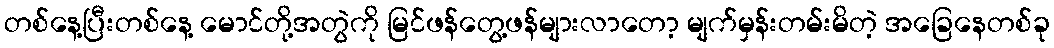
တစ်နေ့ပြီးတစ်နေ့ မောင်တို့အတွဲကို မြင်ဖန်တွေ့ဖန်များလာတော့ မျက်မှန်းတမ်းမိတဲ့ အခြေနေတစ်ခု